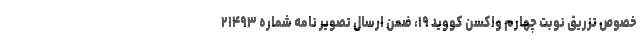
خصوص تزریق نوبت چهارم واکسن کووید ۱۹، ضمن ارسال تصویر نامه شماره ۲۱۴۹۳